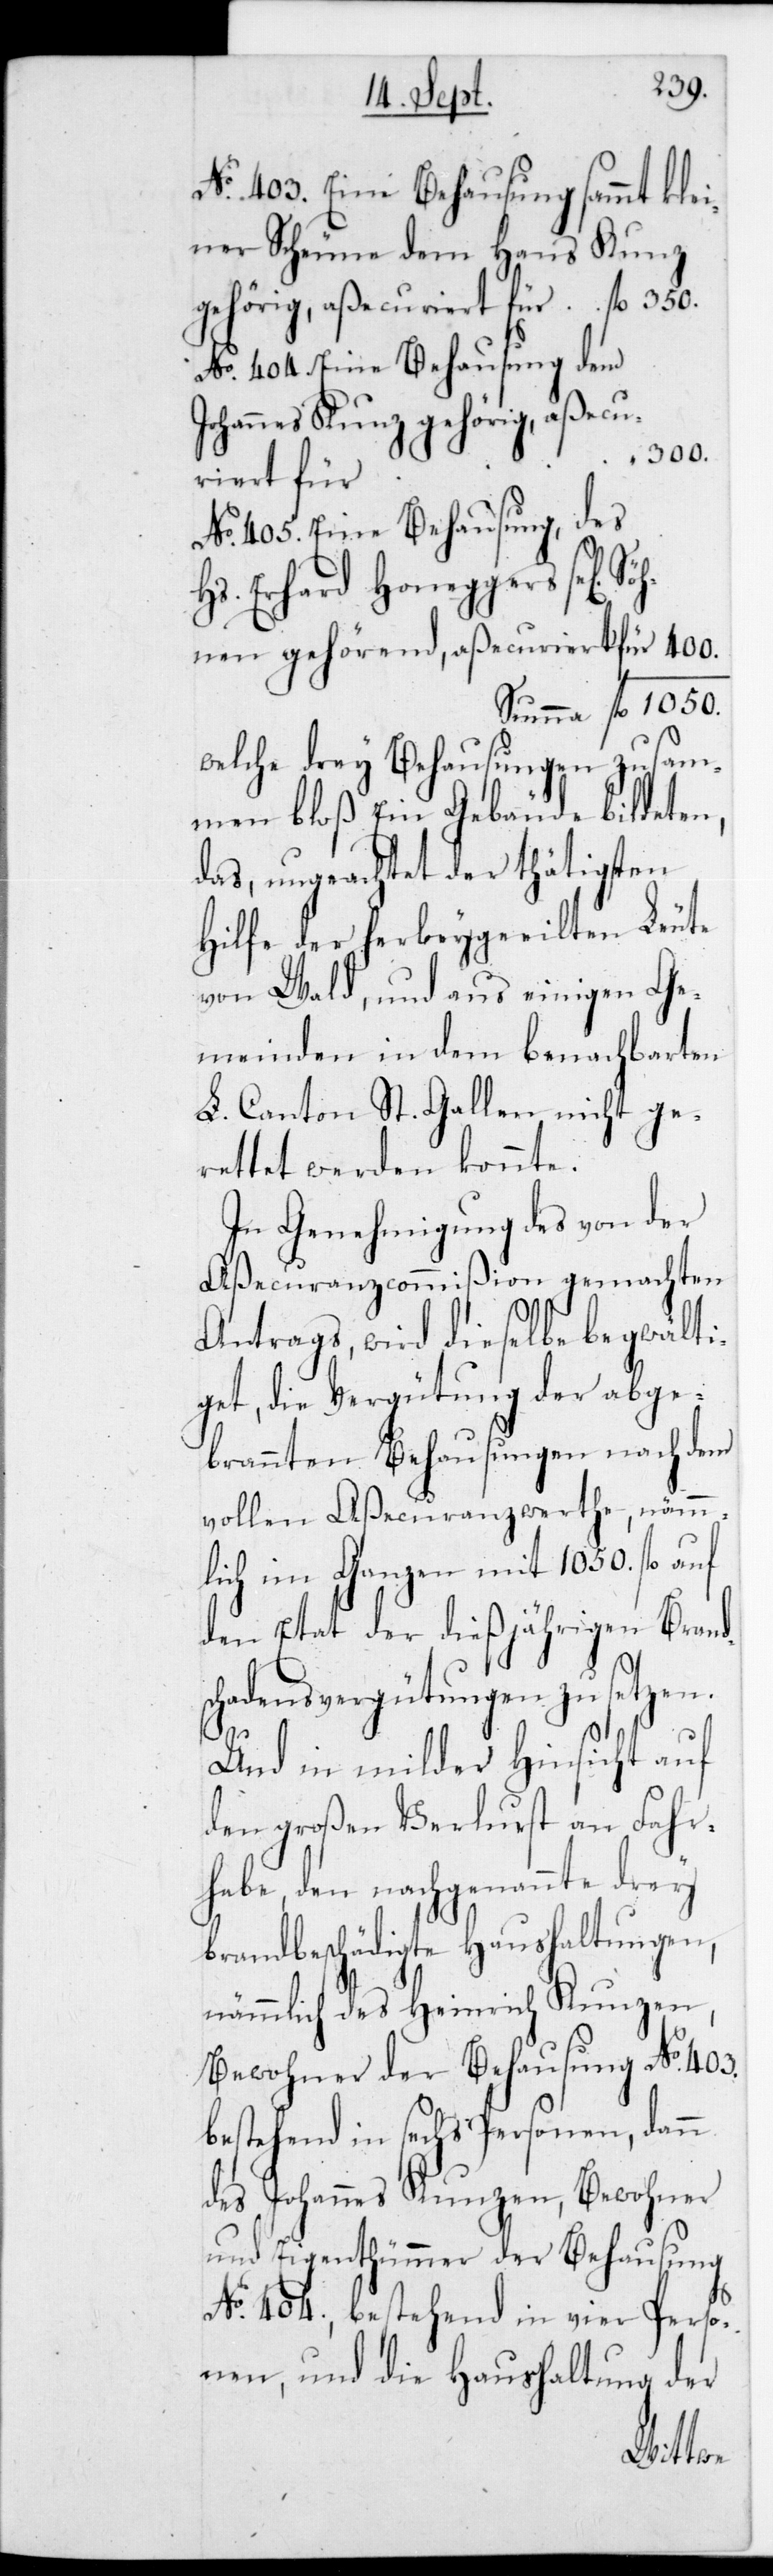
No 403. Eine Behausung sammt klei¬
ner Scheune dem Hans Kunz
gehörig, aßecuriert für
No 404. Eine Behausung dem
Söhnen gehörend, aßecu¬
riert für
No 405. Eine Behausung des
Hs. Erhard Honeggers se[lig]
welche drey Behausungen zusam¬
men bloß ein Gebäude bildeten,
das, ungeachtet der thätigsten
Hilfe der herbeygeeilten Leute
von Wald, und aus einigen Ge¬
meinden in dem benachbarten
L. Canton St. Gallen nicht ge¬
rettet werden konnte.
In Genehmigung des von der
Aßecuranzcommißion gemachten
Antrags, wird dieselbe begwälti¬
get, die Vergütung der abge¬
brannten Behausungen nach dem
vollen Aßecuranzwerthe, nämm¬
lich im Ganzen mit 1050 fl. auf
den Etat der dießjährigen Brands¬
chadensvergütungen zu setzen.
Und in milder Hinsicht auf
den großen Verlust an Fahr¬
habe, den nachgenannte[n]
brandbeschädigte[n] Haushaltungen,
nämmlich des Heinrich Kunzen,
Bewohner der Behausung No 403,
bestehend in sechs Personen; dann
des Johannes Kunzen, Bewohner
und Eigenthümmer der Behausung
No 404, bestehend in vier Perso¬
nen; und die Haushaltung der